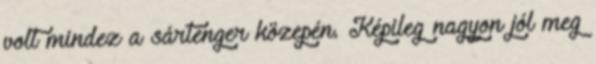
volt mindez a sártenger közepén. Képileg nagyon jól meg